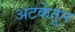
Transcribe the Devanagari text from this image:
अटकेतून